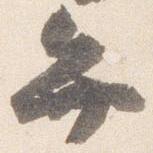
弁